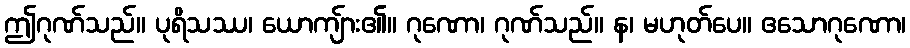
ဤဂုဏ်သည်။ ပုရိသဿ၊ ယောကျ်ား၏။ ဂုဏော၊ ဂုဏ်သည်။ န၊ မဟုတ်ပေ။ ဧသောဂုဏော၊